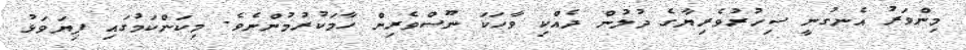
މިންވަރު އެނގުނީ ސިހުރުވެރިޔާގެ ދުލުން ދެއްކި ވާހަކަ ނޫސްވެރިން ހާމަކުރުމުންނެވެ. މިކަންކަމުގައި ފިޔަވަޅު